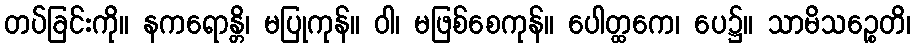
တပ်ခြင်းကို။ နကရောန္တိ၊ မပြုကုန်။ ဝါ၊ မဖြစ်စေကုန်။ ပေါတ္ထကေ၊ ပေ၌။ သာမိသဉ္စေတိ၊